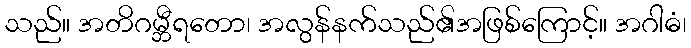
သည်။ အတိဂမ္ဘီရတော၊ အလွန်နက်သည်၏အဖြစ်ကြောင့်။ အဂါဓံ၊